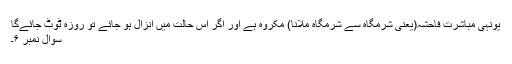
یونہی مباشرت فاحشہ(یعنی شرمگاہ سے شرمگاہ ملانا) مکروہ ہے اور اگر اس حالت میں انزال ہو جائے تو روزہ ٹوٹ جائےگا
سوال نمبر ۶۔